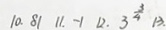
1 0 . 8 1 1 1 . - 1 1 2 . 3 \frac { 3 } { 4 } 1 3 .